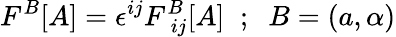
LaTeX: F^{B}[A]=\epsilon^{ij}F_{\; ij}^{B}[A]\; \; ;\; \; B=\left(a,\alpha\right)